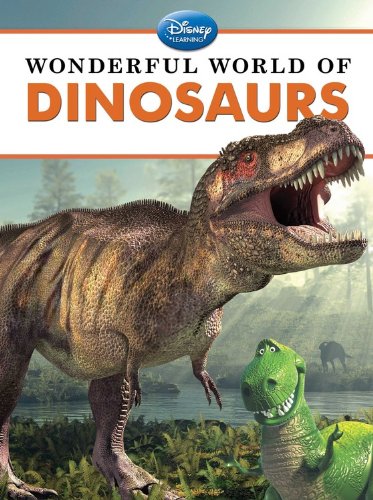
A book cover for Wonderful World of Dinosaurs; Christina Wilsdon; Children's Books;